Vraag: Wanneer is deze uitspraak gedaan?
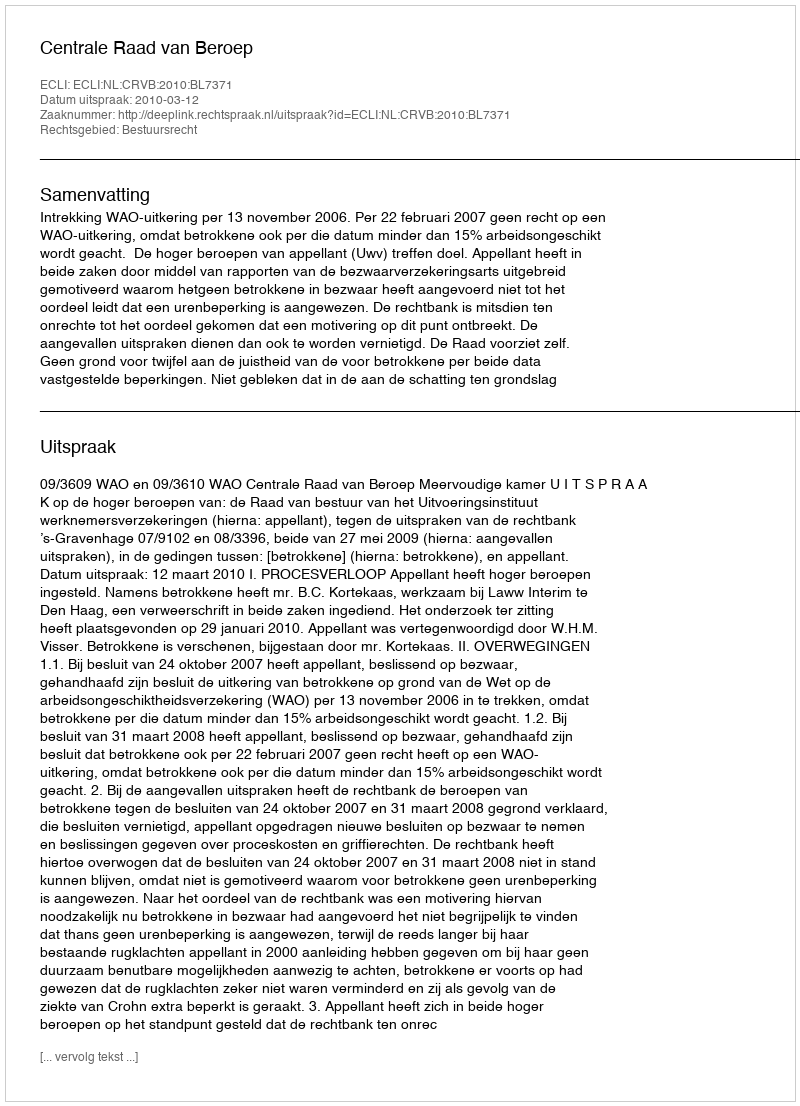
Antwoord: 2010-03-12